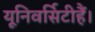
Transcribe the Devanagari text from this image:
यूनिवर्सिटीहैं।